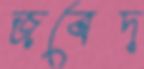
জবেদ